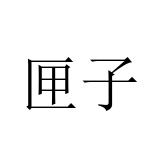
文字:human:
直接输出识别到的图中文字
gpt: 匣子